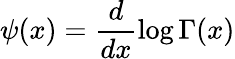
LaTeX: \psi(x)=\frac{d}{dx}\log\Gamma(x)